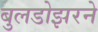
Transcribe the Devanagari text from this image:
बुलडोझरने